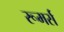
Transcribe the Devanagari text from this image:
रूमर्स